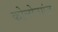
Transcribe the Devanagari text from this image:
कोलोनगंज